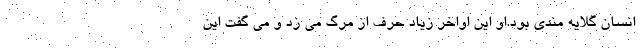
انسان گلایه مندی بود.او این اواخر زیاد حرف از مرگ می زد و می گفت این